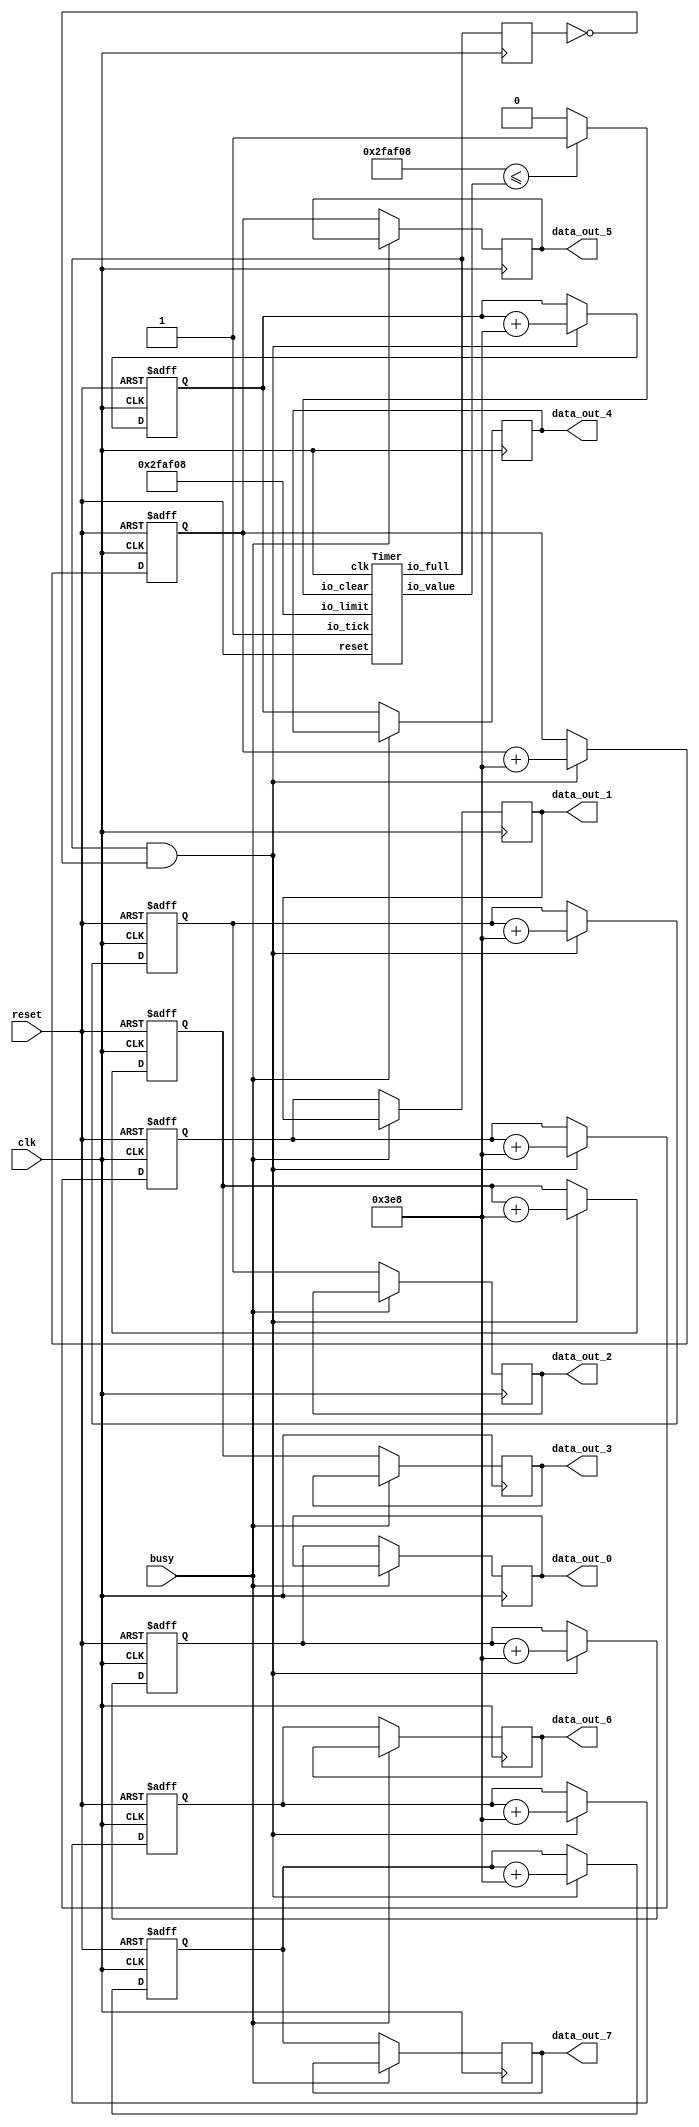
// Generator : SpinalHDL v1.8.0    git head : 4e3563a282582b41f4eaafc503787757251d23ea
// Component : Data_Test
// Git hash  : f5ddcb1ebf9f3ce9c9d1466683ee01761d80916d

`timescale 1ns/1ps

module Data_Test (
  output reg [63:0]   data_out_0,
  output reg [63:0]   data_out_1,
  output reg [63:0]   data_out_2,
  output reg [63:0]   data_out_3,
  output reg [63:0]   data_out_4,
  output reg [63:0]   data_out_5,
  output reg [63:0]   data_out_6,
  output reg [63:0]   data_out_7,
  input               busy,
  input               clk,
  input               reset
);

  reg                 timer_1_io_clear;
  wire                timer_1_io_full;
  wire       [31:0]   timer_1_io_value;
  wire       [63:0]   _zz_data_out_0_1;
  wire       [63:0]   _zz_data_out_1_1;
  wire       [63:0]   _zz_data_out_2_1;
  wire       [63:0]   _zz_data_out_3_1;
  wire       [63:0]   _zz_data_out_4_1;
  wire       [63:0]   _zz_data_out_5_1;
  wire       [63:0]   _zz_data_out_6_1;
  wire       [63:0]   _zz_data_out_7_1;
  wire                when_Srio_Test_Top_l288;
  reg        [63:0]   data_out_0_1;
  reg        [63:0]   data_out_1_1;
  reg        [63:0]   data_out_2_1;
  reg        [63:0]   data_out_3_1;
  reg        [63:0]   data_out_4_1;
  reg        [63:0]   data_out_5_1;
  reg        [63:0]   data_out_6_1;
  reg        [63:0]   data_out_7_1;
  reg                 toplevel_timer_1_io_full_regNext;
  wire                when_Srio_Test_Top_l296;
  wire                when_Srio_Test_Top_l301;

  assign _zz_data_out_0_1 = (data_out_0_1 + 64'h00000000000003e8);
  assign _zz_data_out_1_1 = (data_out_1_1 + 64'h00000000000003e8);
  assign _zz_data_out_2_1 = (data_out_2_1 + 64'h00000000000003e8);
  assign _zz_data_out_3_1 = (data_out_3_1 + 64'h00000000000003e8);
  assign _zz_data_out_4_1 = (data_out_4_1 + 64'h00000000000003e8);
  assign _zz_data_out_5_1 = (data_out_5_1 + 64'h00000000000003e8);
  assign _zz_data_out_6_1 = (data_out_6_1 + 64'h00000000000003e8);
  assign _zz_data_out_7_1 = (data_out_7_1 + 64'h00000000000003e8);
  Timer timer_1 (
    .io_tick  (1'b1                  ), //i
    .io_clear (timer_1_io_clear      ), //i
    .io_limit (32'h002faf08          ), //i
    .io_full  (timer_1_io_full       ), //o
    .io_value (timer_1_io_value[31:0]), //o
    .clk      (clk                   ), //i
    .reset    (reset                 )  //i
  );
  assign when_Srio_Test_Top_l288 = (32'h002faf08 <= timer_1_io_value); // @[BaseType.scala 305:24]
  always @(*) begin
    if(when_Srio_Test_Top_l288) begin
      timer_1_io_clear = 1'b1; // @[Srio_Test_Top.scala 289:20]
    end else begin
      timer_1_io_clear = 1'b0; // @[Srio_Test_Top.scala 291:20]
    end
  end

  assign when_Srio_Test_Top_l296 = (timer_1_io_full && (! toplevel_timer_1_io_full_regNext)); // @[BaseType.scala 305:24]
  assign when_Srio_Test_Top_l301 = (! busy); // @[BaseType.scala 299:24]
  always @(posedge clk or posedge reset) begin
    if(reset) begin
      data_out_0_1 <= 64'h0; // @[Data.scala 400:33]
      data_out_1_1 <= 64'h0; // @[Data.scala 400:33]
      data_out_2_1 <= 64'h0; // @[Data.scala 400:33]
      data_out_3_1 <= 64'h0; // @[Data.scala 400:33]
      data_out_4_1 <= 64'h0; // @[Data.scala 400:33]
      data_out_5_1 <= 64'h0; // @[Data.scala 400:33]
      data_out_6_1 <= 64'h0; // @[Data.scala 400:33]
      data_out_7_1 <= 64'h0; // @[Data.scala 400:33]
    end else begin
      if(when_Srio_Test_Top_l296) begin
        data_out_0_1 <= _zz_data_out_0_1; // @[Srio_Test_Top.scala 298:19]
        data_out_1_1 <= _zz_data_out_1_1; // @[Srio_Test_Top.scala 298:19]
        data_out_2_1 <= _zz_data_out_2_1; // @[Srio_Test_Top.scala 298:19]
        data_out_3_1 <= _zz_data_out_3_1; // @[Srio_Test_Top.scala 298:19]
        data_out_4_1 <= _zz_data_out_4_1; // @[Srio_Test_Top.scala 298:19]
        data_out_5_1 <= _zz_data_out_5_1; // @[Srio_Test_Top.scala 298:19]
        data_out_6_1 <= _zz_data_out_6_1; // @[Srio_Test_Top.scala 298:19]
        data_out_7_1 <= _zz_data_out_7_1; // @[Srio_Test_Top.scala 298:19]
      end
    end
  end

  always @(posedge clk) begin
    toplevel_timer_1_io_full_regNext <= timer_1_io_full; // @[Reg.scala 39:30]
    if(when_Srio_Test_Top_l301) begin
      data_out_0 <= data_out_0_1; // @[Srio_Test_Top.scala 303:22]
      data_out_1 <= data_out_1_1; // @[Srio_Test_Top.scala 303:22]
      data_out_2 <= data_out_2_1; // @[Srio_Test_Top.scala 303:22]
      data_out_3 <= data_out_3_1; // @[Srio_Test_Top.scala 303:22]
      data_out_4 <= data_out_4_1; // @[Srio_Test_Top.scala 303:22]
      data_out_5 <= data_out_5_1; // @[Srio_Test_Top.scala 303:22]
      data_out_6 <= data_out_6_1; // @[Srio_Test_Top.scala 303:22]
      data_out_7 <= data_out_7_1; // @[Srio_Test_Top.scala 303:22]
    end
  end


endmodule

module Timer (
  input               io_tick,
  input               io_clear,
  input      [31:0]   io_limit,
  output              io_full,
  output     [31:0]   io_value,
  input               clk,
  input               reset
);

  wire       [31:0]   _zz_counter;
  wire       [0:0]    _zz_counter_1;
  reg        [31:0]   counter;
  wire                limitHit;
  reg                 inhibitFull;

  assign _zz_counter_1 = (! limitHit);
  assign _zz_counter = {31'd0, _zz_counter_1};
  assign limitHit = (counter == io_limit); // @[BaseType.scala 305:24]
  assign io_full = ((limitHit && io_tick) && (! inhibitFull)); // @[Timer.scala 27:12]
  assign io_value = counter; // @[Timer.scala 28:12]
  always @(posedge clk or posedge reset) begin
    if(reset) begin
      inhibitFull <= 1'b0; // @[Data.scala 400:33]
    end else begin
      if(io_tick) begin
        inhibitFull <= limitHit; // @[Timer.scala 20:17]
      end
      if(io_clear) begin
        inhibitFull <= 1'b0; // @[Timer.scala 25:17]
      end
    end
  end

  always @(posedge clk) begin
    if(io_tick) begin
      counter <= (counter + _zz_counter); // @[Timer.scala 21:13]
    end
    if(io_clear) begin
      counter <= 32'h0; // @[Timer.scala 24:13]
    end
  end


endmodule